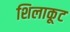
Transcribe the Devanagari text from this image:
शिलाकूट